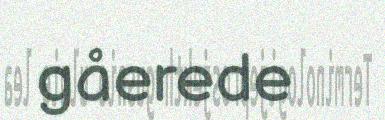
gåerede